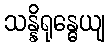
သန္နိရုန္ဓေယျ